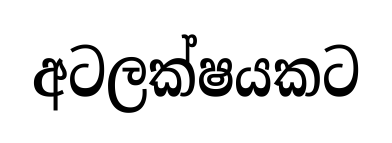
අටලක්ෂයකට